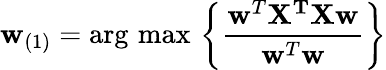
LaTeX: \mathbf{w}_{(1)}={\operatorname{\arg\, max}}\, \left\{ {\frac{\mathbf{w}^{T}\mathbf{X^{T}}\mathbf{Xw}}{\mathbf{w}^{T}\mathbf{w}}}\right\}